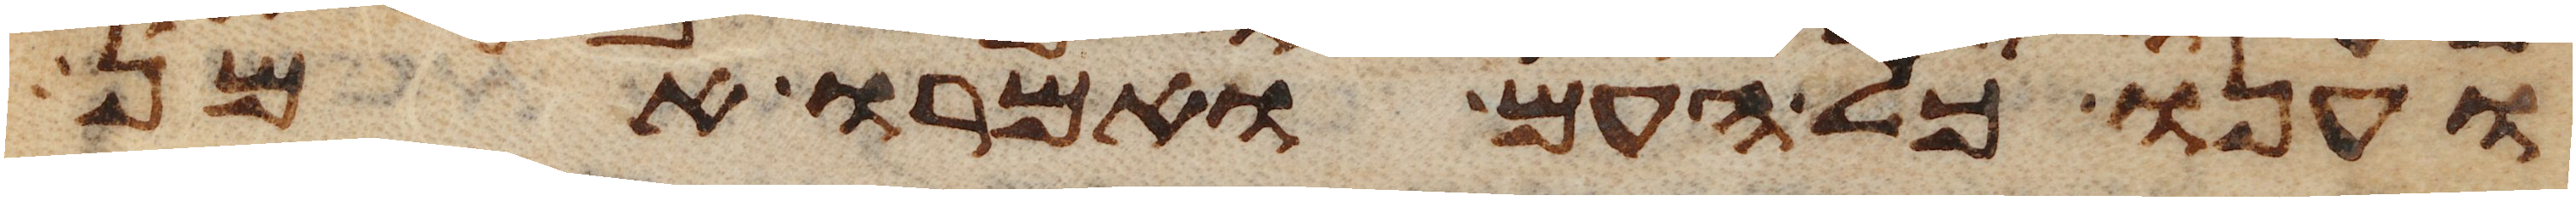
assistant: וענו כל העם ואמרו אמן